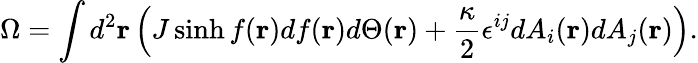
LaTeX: \Omega=\int d^{2}{\mathbf r}\left(J\sinh f({\mathbf r})df({\mathbf r})d\Theta({\mathbf r})+\frac{\kappa}{2}\epsilon^{ij}dA_{i}({\mathbf r})dA_{j}({\mathbf r})\right).